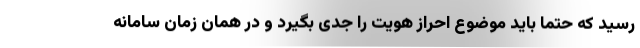
رسید که حتماً باید موضوع احراز هویت را جدی بگیرد و در همان زمان سامانه